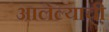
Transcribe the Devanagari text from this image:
आलेल्याची